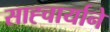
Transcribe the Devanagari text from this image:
साह्चार्याने